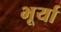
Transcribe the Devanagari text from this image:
भूर्या